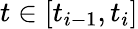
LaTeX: t\in[t_{i-1},t_{i}]